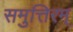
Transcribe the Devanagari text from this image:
समुत्तिरम्